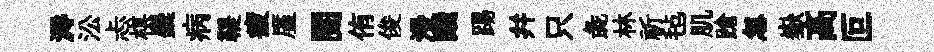
溽㳂忐棋麋病鞮疲厪閲侑俊漫醆踢幷只彘林祈毡肌蹌忽嶽髙叵